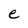
Character: e